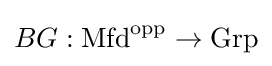
BG:\mathrm {Mfd} ^{\text{opp}}\to \mathrm {Grp}